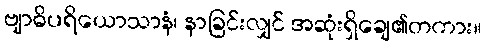
ဗျာဓိပရိယောသာနံ၊ နာခြင်းလျှင် အဆုံးရှိချေ၏တကား။